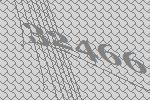
32466